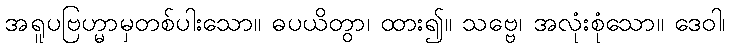
အရူပဗြဟ္မာမှတစ်ပါးသော။ ဓပယိတွာ၊ ထား၍။ သဗ္ဗေ၊ အလုံးစုံသော။ ဒေဝါ၊